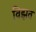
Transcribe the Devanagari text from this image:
विझत